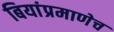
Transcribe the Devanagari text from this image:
बियांप्रमाणेच